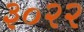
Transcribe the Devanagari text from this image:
३०२२